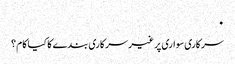
٠
‎سرکاری سواری پر غیر سرکاری بندے کا کیا کام ؟